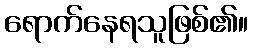
ရောက်နေရသူဖြစ်၏။